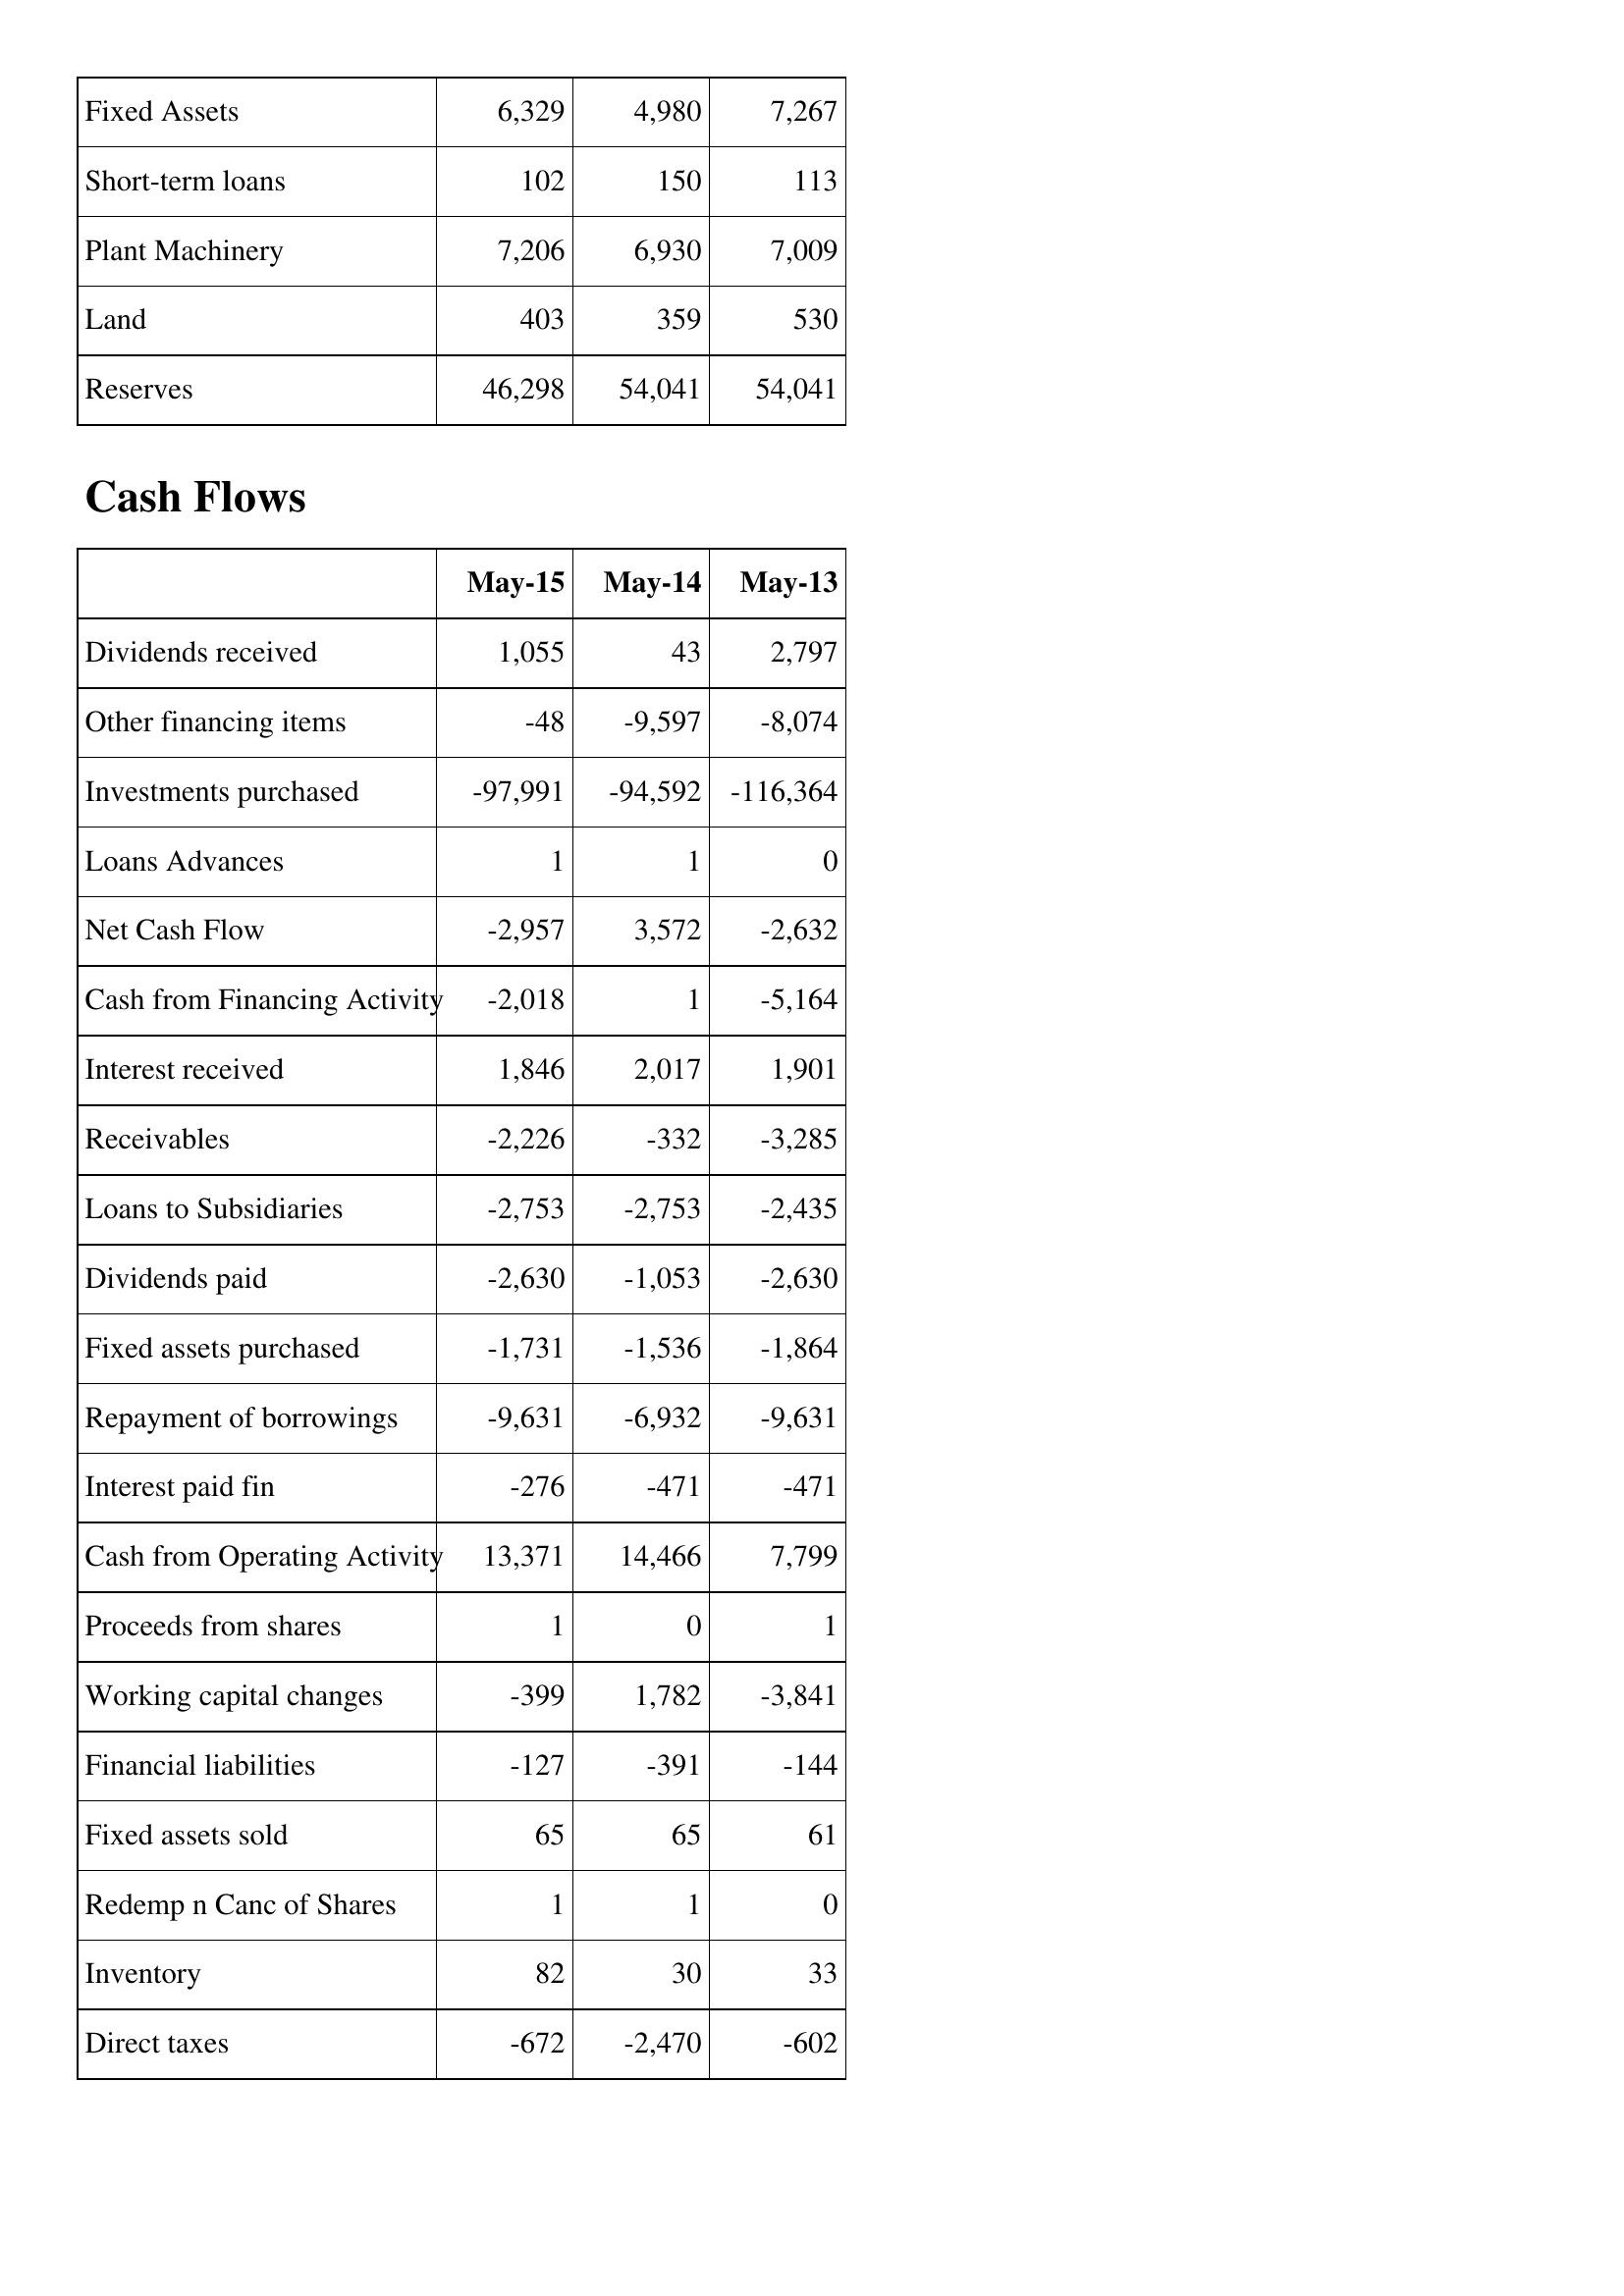
May-15: Balance Sheet: Fixed Assets: 6,329
Short-term loans: 102
Plant Machinery: 7,206
Land: 403
Reserves: 46,298
Cash Flows: Dividends received: 1,055
Other financing items: -48
Investments purchased: -97,991
Loans Advances: 1
Net Cash Flow: -2,957
Cash from Financing Activity: -2,018
Interest received: 1,846
Receivables: -2,226
Loans to Subsidiaries: -2,753
Dividends paid: -2,630
Fixed assets purchased: -1,731
Repayment of borrowings: -9,631
Interest paid fin: -276
Cash from Operating Activity: 13,371
Proceeds from shares: 1
Working capital changes: -399
Financial liabilities: -127
Fixed assets sold: 65
Redemp n Canc of Shares: 1
Inventory: 82
Direct taxes: -672
May-14: Balance Sheet: Fixed Assets: 4,980
Short-term loans: 150
Plant Machinery: 6,930
Land: 359
Reserves: 54,041
Cash Flows: Dividends received: 43
Other financing items: -9,597
Investments purchased: -94,592
Loans Advances: 1
Net Cash Flow: 3,572
Cash from Financing Activity: 1
Interest received: 2,017
Receivables: -332
Loans to Subsidiaries: -2,753
Dividends paid: -1,053
Fixed assets purchased: -1,536
Repayment of borrowings: -6,932
Interest paid fin: -471
Cash from Operating Activity: 14,466
Proceeds from shares: 0
Working capital changes: 1,782
Financial liabilities: -391
Fixed assets sold: 65
Redemp n Canc of Shares: 1
Inventory: 30
Direct taxes: -2,470
May-13: Balance Sheet: Fixed Assets: 7,267
Short-term loans: 113
Plant Machinery: 7,009
Land: 530
Reserves: 54,041
Cash Flows: Dividends received: 2,797
Other financing items: -8,074
Investments purchased: -116,364
Loans Advances: 0
Net Cash Flow: -2,632
Cash from Financing Activity: -5,164
Interest received: 1,901
Receivables: -3,285
Loans to Subsidiaries: -2,435
Dividends paid: -2,630
Fixed assets purchased: -1,864
Repayment of borrowings: -9,631
Interest paid fin: -471
Cash from Operating Activity: 7,799
Proceeds from shares: 1
Working capital changes: -3,841
Financial liabilities: -144
Fixed assets sold: 61
Redemp n Canc of Shares: 0
Inventory: 33
Direct taxes: -602